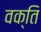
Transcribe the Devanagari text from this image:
वक्ति